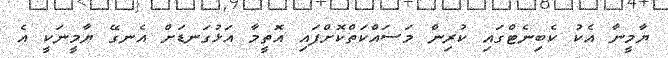
ޔާމީނާ އެކު ކެބިނެޓްގައި ކުރިން މަސައްކަތްކޮށްފައި އޮތީމާ އަޅުގަނޑަށް އެނގޭ ޔާމީނަކީ އެ